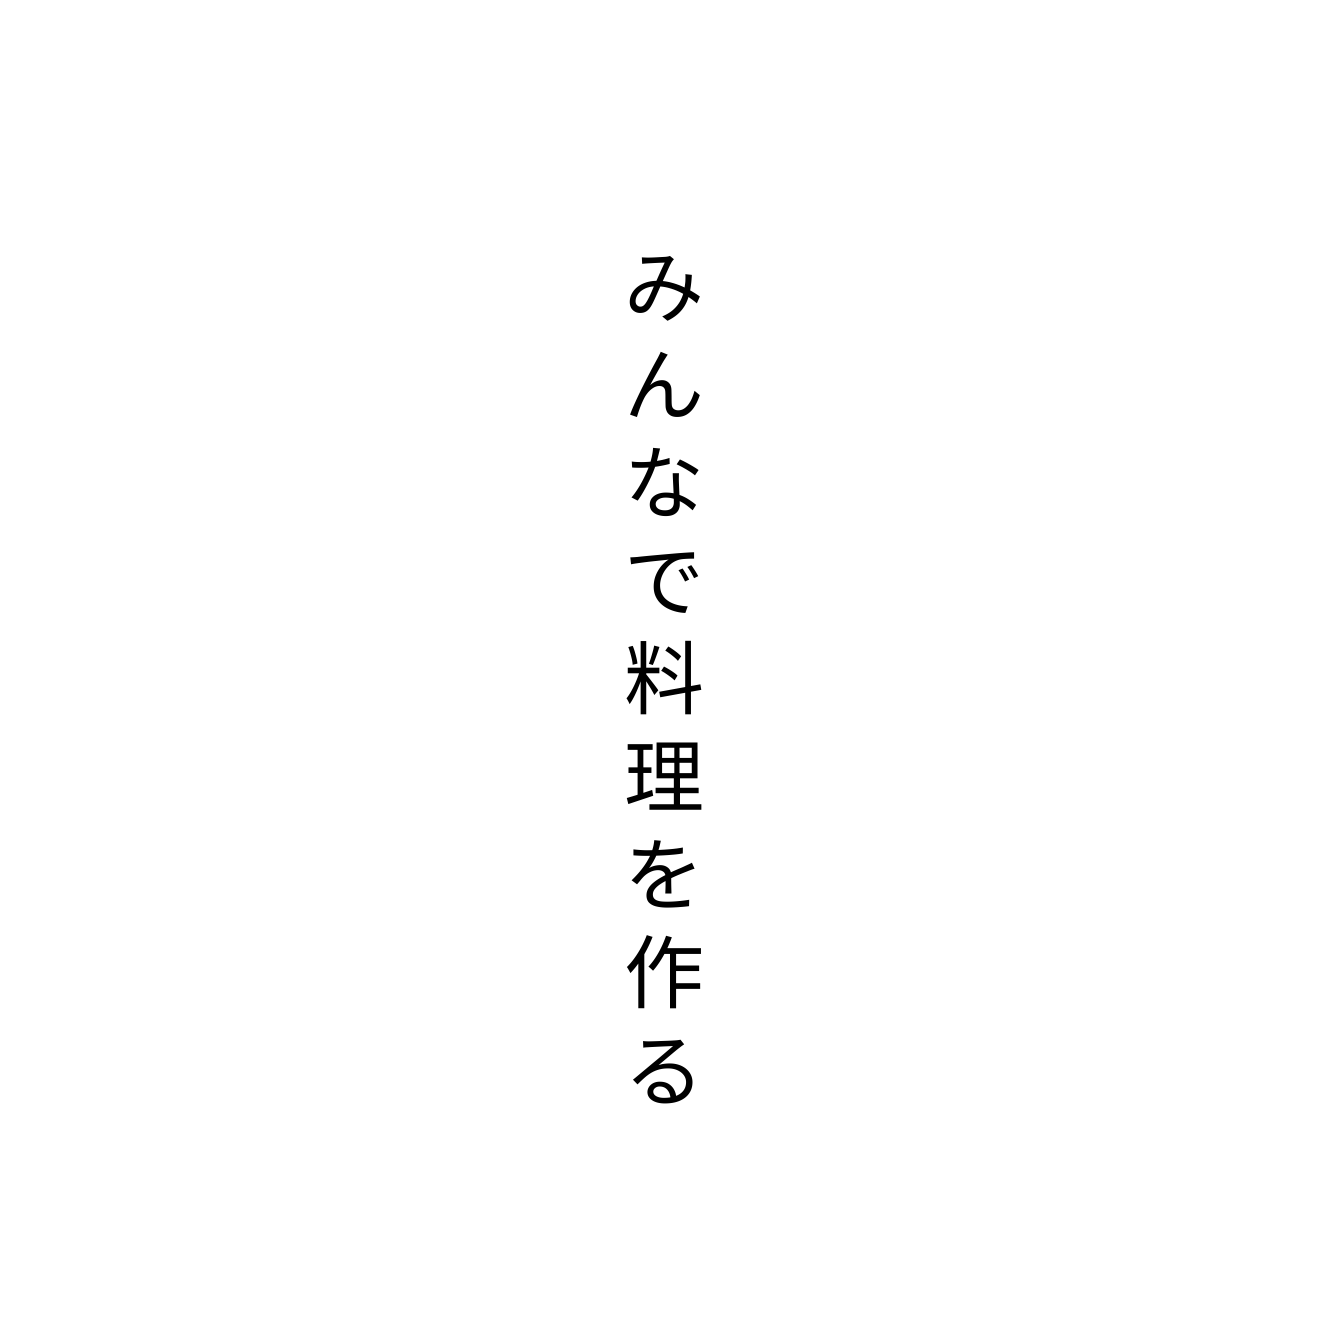
みんなで料理を作る